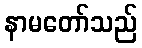
နာမတော်သည်